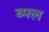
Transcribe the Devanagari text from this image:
ब्फ्ल